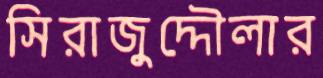
সিরাজুদ্দৌলার